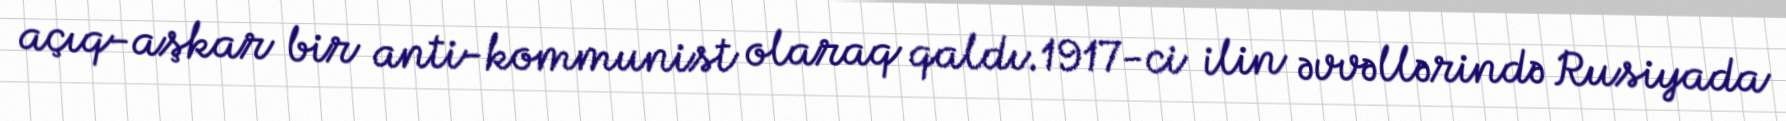
açıq-aşkar bir anti-kommunist olaraq qaldı.1917-ci ilin əvvəllərində Rusiyada